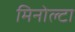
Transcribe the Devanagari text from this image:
मिनोल्टा